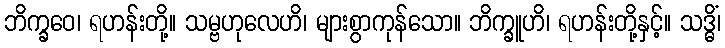
ဘိက္ခဝေ၊ ရဟန်းတို့။ သမ္ဗဟုလေဟိ၊ များစွာကုန်သော။ ဘိက္ခူဟိ၊ ရဟန်းတို့နှင့်။ သဒ္ဓိံ၊